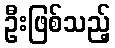
ဦးဖြစ်သည့်